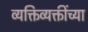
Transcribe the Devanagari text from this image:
व्यक्तिव्यक्तींच्या